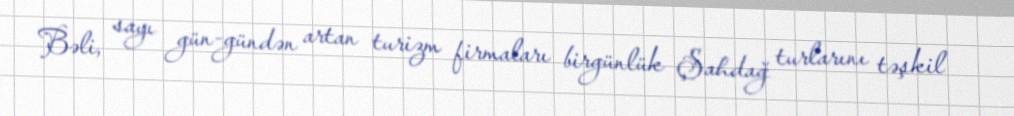
Bəli, sayı gün-gündən artan turizm firmaları birgünlük Şahdağ turlarını təşkil